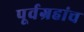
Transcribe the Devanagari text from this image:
पूर्वग्रहांच